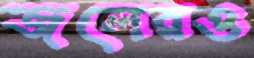
জলেরও